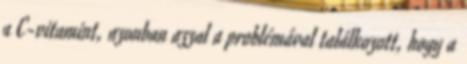
a C-vitamint, azonban azzal a problémával találkozott, hogy a